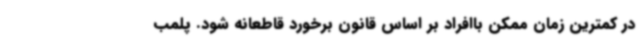
در کمترین زمان ممکن باافراد بر اساس قانون برخورد قاطعانه شود. پلمب